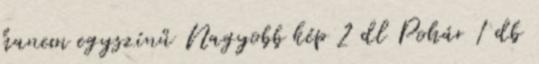
hanem egyszínű Nagyobb kép 2 dl Pohár 1 db